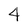
Character: 4